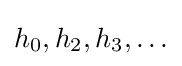
h_{0},h_{2},h_{3},\ldots